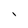
Character: l